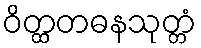
ဝိတ္ထတဓနသုတ္တံ